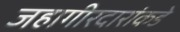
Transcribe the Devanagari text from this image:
जहागीरदारांकडे